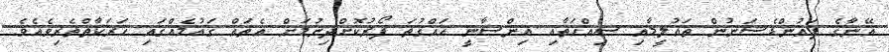
އޭނާގެ ފައުންޑެޝަނުން ތައުލީމާއި ސިއްހަތާއި އިންސާނީ ހައްގުތަ ފޯރުކޮށްދިނުމަށް އެތައް ގައުމެއްގައި ހަރަކާތްތެރިވެއެވެ.